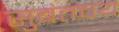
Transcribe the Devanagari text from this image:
सुबंतचय